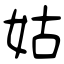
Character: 姑